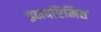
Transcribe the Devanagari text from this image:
इनपरिमित